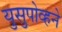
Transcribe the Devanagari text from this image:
युसुपोव्हने